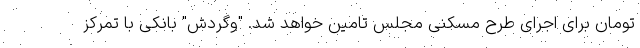
تومان برای اجرای طرح مسکنی مجلس تامین خواهد شد. "وگردش" بانکی با تمرکز